Continuation classes, 1926
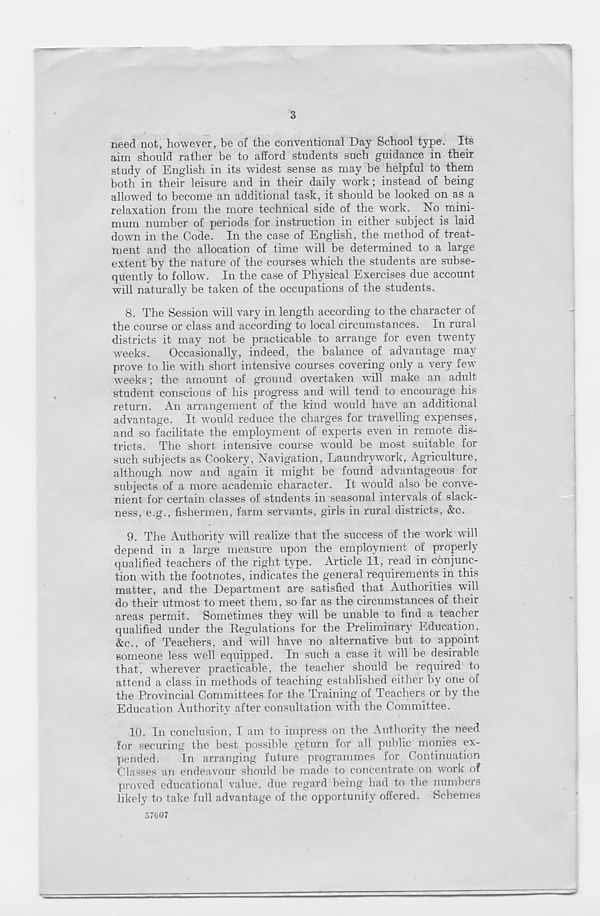
3
need not, however, be of the conventional Day School type. Its
aim should rather be to afford students such guidance in their
study of English in its widest sense as may be helpful to them
both in their leisure and in their daily work; instead of being
allowed to become an additional task, it should be looked on as a
relaxation from the more technical side of the work. No mini-
mum number of periods for instruction in either subject is laid
down in the Code. In the case of English, the method of treat-
ment and the allocation of time will be determined to a large
extent by the nature of the courses which the students are subse-
quently to follow. In the case of Physical Exercises due account
will naturally be taken of the occupations of the students.
8. The Session will vary in length according to the character of
the course or class and according to local circumstances. In rural
districts it may not be practicable to arrange for even twenty
weeks. Occasionally, indeed, the balance of advantage may
prove to lie with short intensive courses covering only a very few
weeks; the amount of ground overtaken will make an adult
student conscious of his progress and will tend to encourage his
return. An arrangement of the kind would have an additional
advantage. It would reduce the charges for travelling expenses,
and so facilitate the employment of experts even in remote dis-
tricts. The short intensive course would be most suitable for
such subjects as Cookery, Navigation, Laundrywork, Agriculture,
although now and again it might be found advantageous for
subjects of a more academic character. It would also be conve-
nient for certain classes of students in seasonal intervals of slack-
ness, e.g., fishermen, farm servants, girls in rural districts, &c.
9. The Authority will realize that the success of the work will
depend in a large measure upon the employment of properly
qualified teachers of the right type. Article 11, read in conjunc-
tion with the footnotes, indicates the general requirements in this
matter, and the Department are satisfied that Authorities will
do their utmost to meet them, so far as the circumstances of their
areas permit. Sometimes they will be unable to find a teacher
qualified under the Regulations for the Preliminary Education,
&c., of Teachers, and will have no alternative but to appoint
someone less well equipped. In such a case it will be desirable
that, wherever practicable, the teacher should be required to
attend a class in methods of teaching established either by one of
the Provincial Committees for the Training of Teachers or by the
Education Authority after consultation with the Committee.
10. In conclusion, I am to impress on the Authority the need
for securing the best possible return for all public monies ex-
pended.
In arranging future programmes for Continuation
Classes an endeavour should be made to concentrate on work of
proved educational value, due regard being had to the numbers
likely to take full advantage of the opportunity offered. Schemes
57007